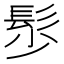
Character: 䯯